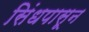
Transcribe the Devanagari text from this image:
सिंधपासून